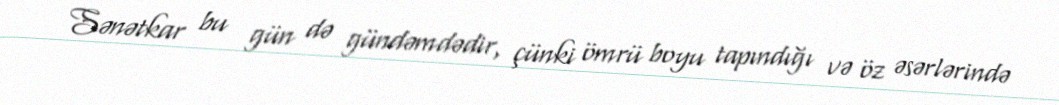
Sənətkar bu gün də gündəmdədir, çünki ömrü boyu tapındığı və öz əsərlərində